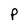
Character: P